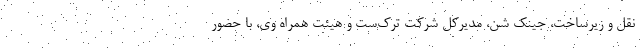
نقل و زیرساخت، جینک شن، مدیرکل شرکت ترک‌ست و هیئت همراه وی، با حضور